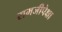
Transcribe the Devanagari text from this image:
रामजीपेक्षा